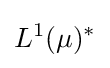
L^{1}(\mu )^{*}